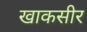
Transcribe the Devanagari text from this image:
खाकसीर